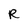
Character: R